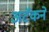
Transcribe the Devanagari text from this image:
अटॅकने